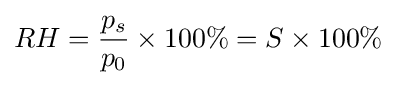
RH={\frac {p_{s}}{p_{0}}}\times 100\%=S\times 100\%